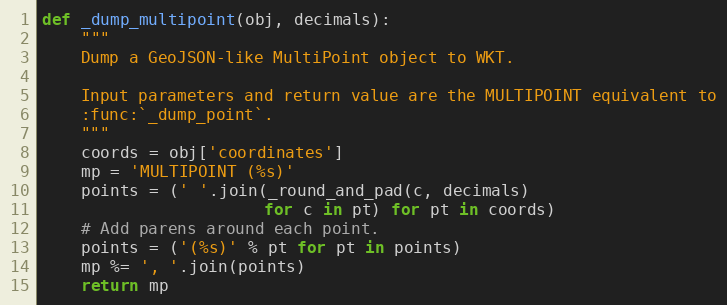
Language: Python
def _dump_multipoint(obj, decimals):
    """
    Dump a GeoJSON-like MultiPoint object to WKT.

    Input parameters and return value are the MULTIPOINT equivalent to
    :func:`_dump_point`.
    """
    coords = obj['coordinates']
    mp = 'MULTIPOINT (%s)'
    points = (' '.join(_round_and_pad(c, decimals)
                       for c in pt) for pt in coords)
    # Add parens around each point.
    points = ('(%s)' % pt for pt in points)
    mp %= ', '.join(points)
    return mp